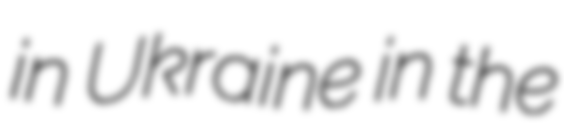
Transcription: in Ukraine in the